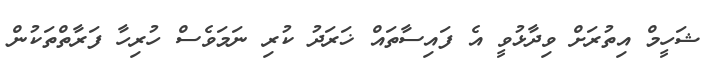
ޝަހީމް އިތުރަށް ވިދާޅުވީ އެ ފައިސާތައް ޚަރަދު ކުރި ނަމަވެސް ހުރިހާ ފަރާތްތަކުން